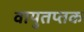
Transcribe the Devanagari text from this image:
वायुतप्तक